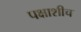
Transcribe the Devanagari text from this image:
पक्षाशीच